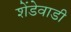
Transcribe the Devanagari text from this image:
शेंडेवाडी